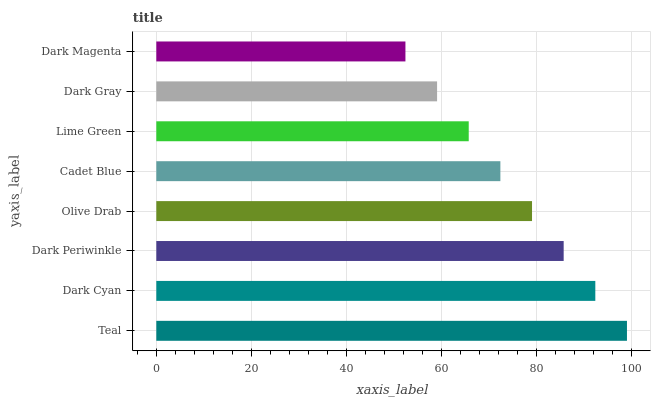
| yaxis_label | bars |
 | --- | --- |
 | Teal | 99 |
 | Dark Cyan | 92.3 |
 | Dark Periwinkle | 85.7 |
 | Olive Drab | 79 |
 | Cadet Blue | 72.4 |
 | Lime Green | 65.7 |
 | Dark Gray | 59.1 |
 | Dark Magenta | 52.4 |